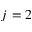
j = 2